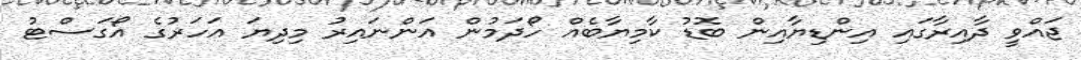
ޖައްވީ ދާއިރާގައި އިންޑިޔާއިން ބޮޑު ކާމިޔާބެއް ހޯދަމުން އަންނައިރު މިދިޔަ އަހަރުގެ އޯގަސްޓު